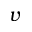
v